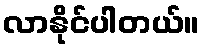
လာနိုင်ပါတယ်။